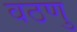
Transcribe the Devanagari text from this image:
वठणु